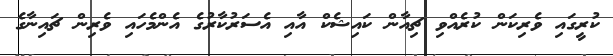
ކުރީގައި ވެރިކަން ކުރެއްވި ޗިއާން ކައިޝެކް އާއި އެސަރުކާރުގެ އެންމެހައި ވެރިން ޗައިނާގެ